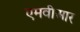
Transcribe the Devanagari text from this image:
एमवीआर